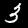
Label: 3